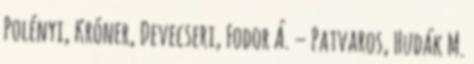
Polényi, Króner, Devecseri, Fodor Á. – Patvaros, Hudák M.